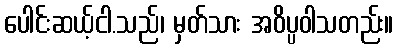
ပေါင်းဆယ့်ငါ.သည်၊ မှတ်သား အဝိပ္ပဝါသတည်း။